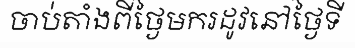
ចាប់តាំងពីថ្ងៃមករដូវនៅថ្ងៃទី